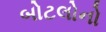
બોટલોનો